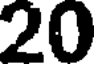
20